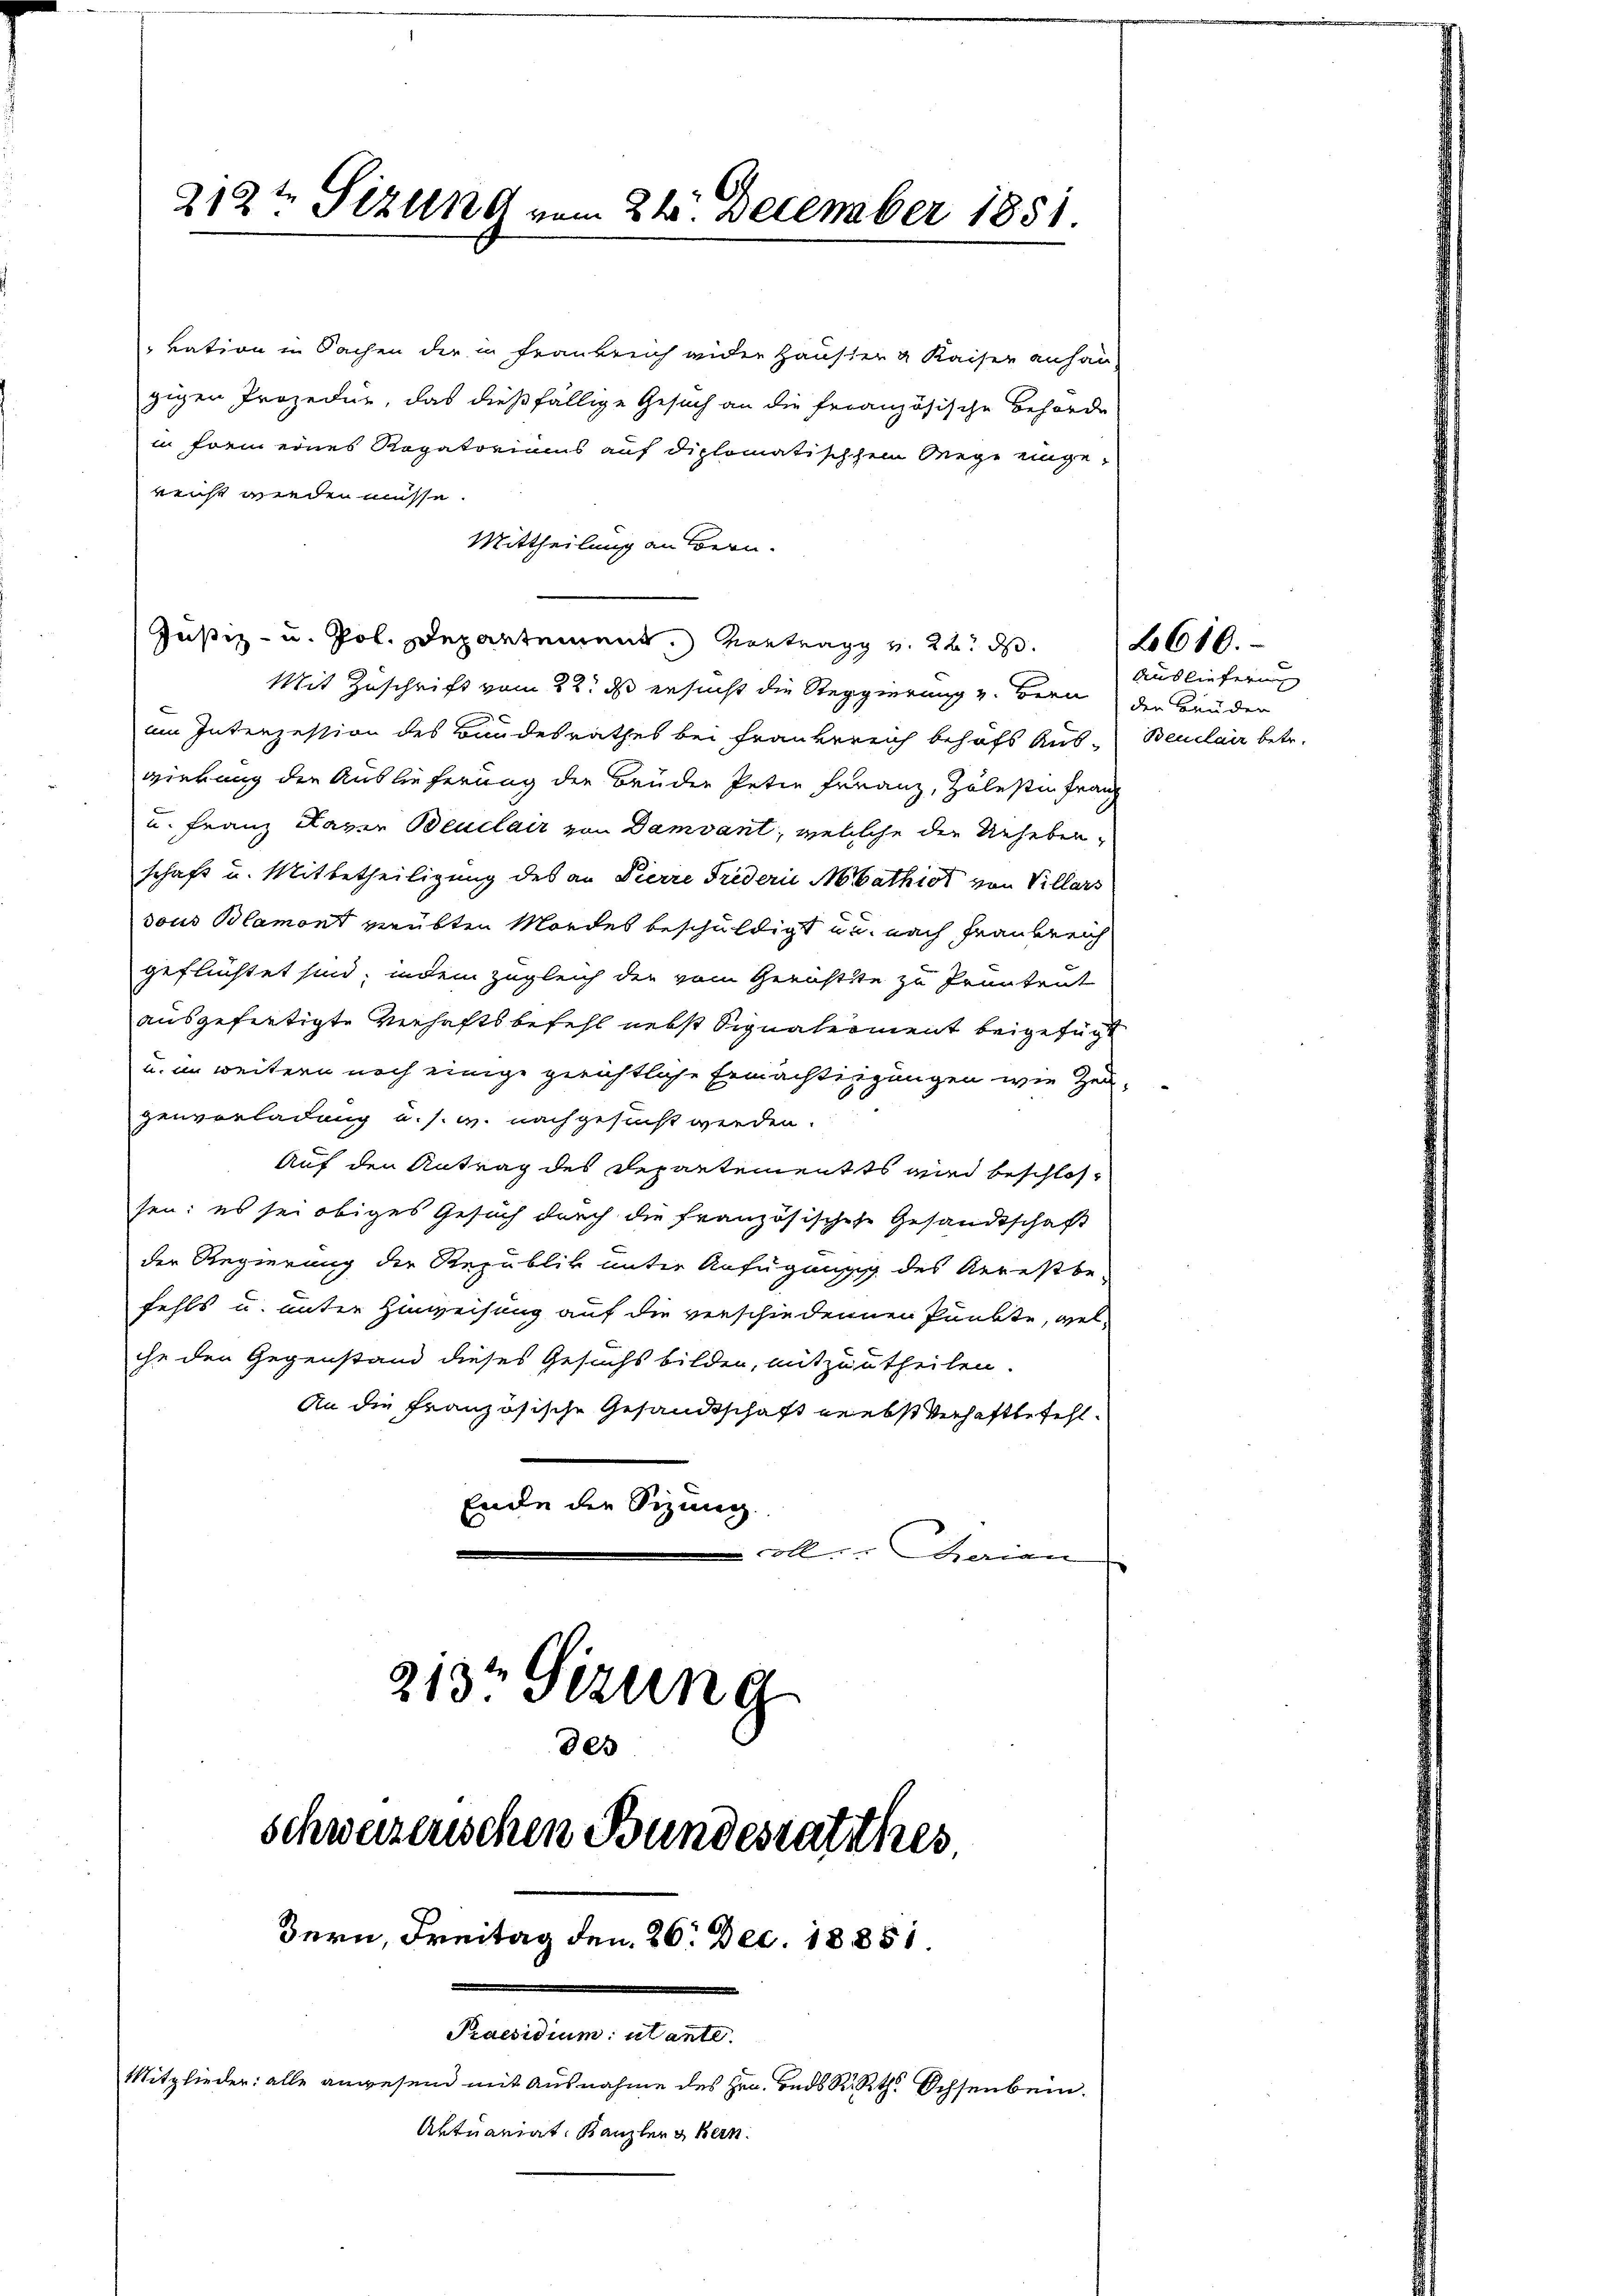
212te Sizung vom 24. December 1851.

vation in Sachen der in Frankreich wider Hauser & Kaiser anhan-
gigen Prozedur, das dießfällige Gesuch an die französische Behörde
in frem eines Rogatoriums auf diplomatischhem Wege eingereicht werden müsse.
Mittheilung an Bern.
Justiz- u. Pol. Departement. Vortrag v. 22. d.
Mit Zuschrift vom 22. ds ersucht die Regierung v. Bern der Bruder
im Intenzession des Bundesrathes bei Frankereich behufs Aus- Beuclair betr.
wirrung der Auslieferung der Brüder Peter Franz, Zölesten Franz
u. Franz Haver Beuclair von Damvant, welche die Urhebenschaft u. Mitbetheiligung des an Pierre Friderii Mathier von Villars
dous Blamont verübten Mordes beschuldigt un nach Frankreich
geflüchtet sind; indem zugleich der vom Gerichtste zu Pruntrut
ausgefertigte Verhaftsbefehl nebst Signalement beigefügt
u. im weitern noch einige gerichtliche Ermächtigungen wie Zei-
genvorladung u. s. w. nachgesucht werden.
Auf den Antrag des Departements wird beschlossen: es sei obiges Gesuch durch die französischese Gesandtschaft
der Regierung der Republik unter Anfügung des Arrestbe-
fehls u. unter Hinweisung auf die verschiedenen Punkte, welihn den Gegenstand dieses Gesuchs bilden, mitzutheilen.
An die Französische Gesandtschaft geebst Verhaftbefehl¬
Ende die Sizung.
colle. Gerien
213t Sizung

des
schweizerischen Bundesrathes
Bern, Freitag den 26. Dec. 18851.
Praesidium utante.
Mitglieder: alle anwesend mit Ausnahme des Hrn. Bads R Rth. Ochsenbein.
Aktuariat Kanzler Bern.

Ausliefern

2610.